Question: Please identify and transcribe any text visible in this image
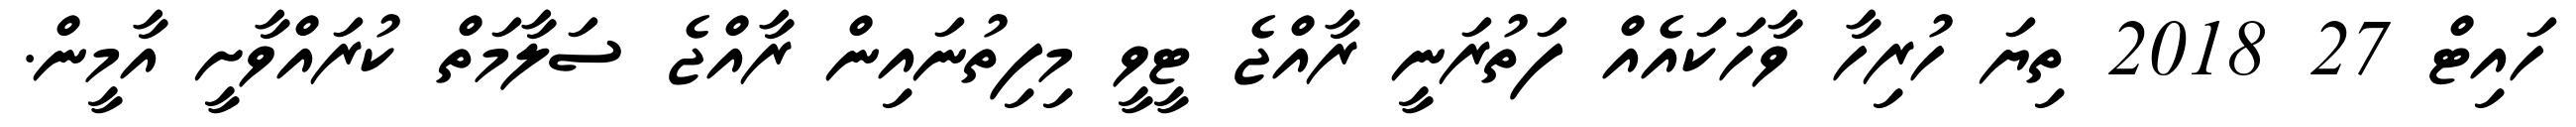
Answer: ހައިޓް 27 2018 ތިޔަ ހުރިހާ ވާހަކައެއް ފަތުރަނީ ރާއްޖެ ޓީވީ މިފިތުނައިން ރާއްޖެ ސަލާމަތް ކުރައްވާށީ އާމީން.